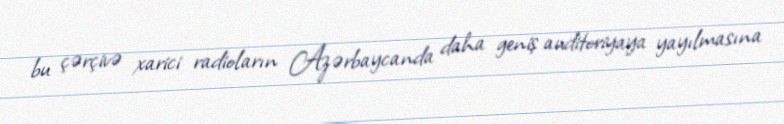
bu çərçivə xarici radioların Azərbaycanda daha geniş auditoriyaya yayılmasına